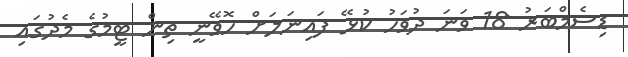
ޑިސެމްބަރު 18 ވަނަ ދުވަހު ކުޅޭ ފައިނަލަށް ހޮވޭނީ ތިން ޓީމުގެ މެދުގައި